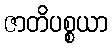
ဇာတိပစ္စယာ